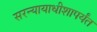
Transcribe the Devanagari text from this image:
सरन्यायाधीशापर्यंत